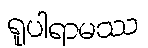
ရူပါရာမဿ